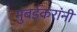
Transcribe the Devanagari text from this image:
मुंबईकरांनी